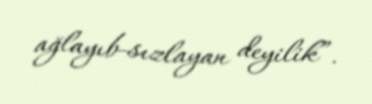
ağlayıb-sızlayan deyilik”.